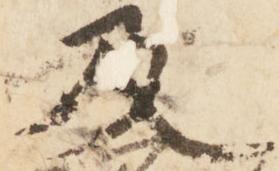
及